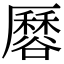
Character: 𧯏